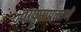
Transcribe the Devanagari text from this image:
वापराप्रमाणे